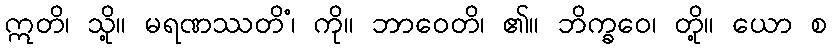
ဣတိ၊ သို့။ မရဏဿတိံ၊ ကို။ ဘာဝေတိ၊ ၏။ ဘိက္ခဝေ၊ တို့။ ယော စ